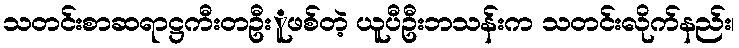
သတင်းစာဆရာဋ္ဌကီးတဦးူဖစ်တဲ့ ယူပီဦးဘသန်းက သတင်းလိုက်နည်း၊